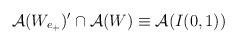
LaTeX: \begin{align*}\mathcal{A}(W_{e_{+}})^{\prime }\cap \mathcal{A}(W)\equiv \mathcal{A}(I(0,1))\end{align*}